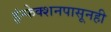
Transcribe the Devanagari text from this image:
इंन्फेक्शनपासूनही